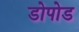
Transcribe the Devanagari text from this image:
डोपोड